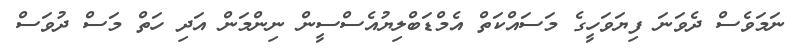
ނަމަވެސް ދެވަނަ ފިޔަވަހީގެ މަސައްކަތް އެމްޑަބްލިޔުއެސްސީން ނިންމަން އަދި ހަތް މަސް ދުވަސް